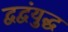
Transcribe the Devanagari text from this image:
द्वद्वंयुद्ध